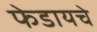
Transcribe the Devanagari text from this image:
फेडायचे